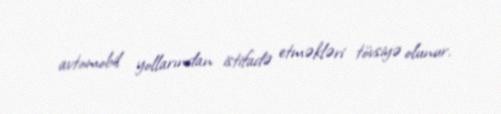
avtomobil yollarından istifadə etməkləri tövsiyə olunur.